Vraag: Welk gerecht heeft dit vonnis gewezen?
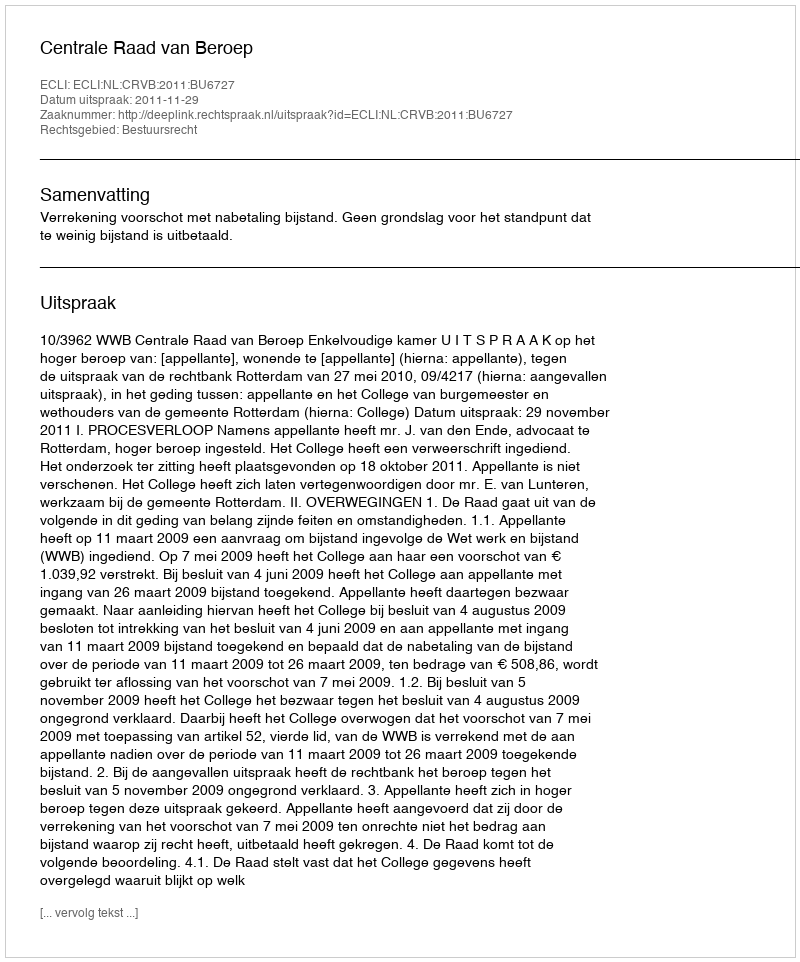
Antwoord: Centrale Raad van Beroep